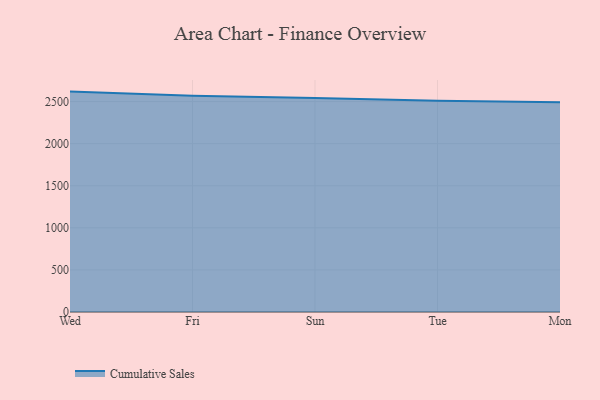
{"axis": {"x": "Day", "y": "Latency (ms)"}, "legend": ["Cumulative Sales"], "data": [{"x": "Wed", "y": 2618.0, "type": "Cumulative Sales"}, {"x": "Fri", "y": 2567.8, "type": "Cumulative Sales"}, {"x": "Sun", "y": 2543.2, "type": "Cumulative Sales"}, {"x": "Tue", "y": 2507.9, "type": "Cumulative Sales"}, {"x": "Mon", "y": 2491.2, "type": "Cumulative Sales"}]}